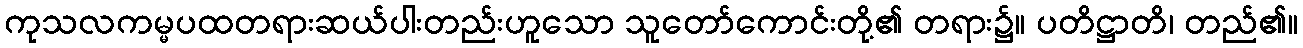
ကုသလကမ္မပထတရားဆယ်ပါးတည်းဟူသော သူတော်ကောင်းတို့၏ တရား၌။ ပတိဋ္ဌာတိ၊ တည်၏။